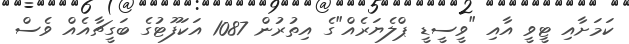
ކަމަށާއި ޓީވީ އާއި "ވީސީޑީ ޕްލެޔަރެއް"ގެ އިތުރުން 1087 އަކަފޫޓުގެ ބަގީޗާއެއް ވެސް